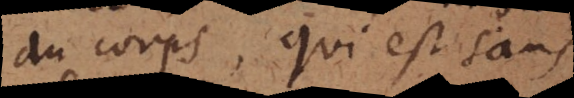
du corps, qui est sans